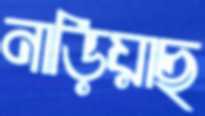
নাড়িয়াছ